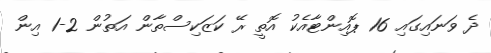
ދެ ވަނައިގައި 16 ޕޮއިންޓާއެކު އޮތީ ރޭ ކަޒަކިސްތާން އަތުން 2-1 އިން